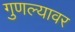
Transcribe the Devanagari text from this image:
गुणल्यावर